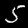
Digit: 5